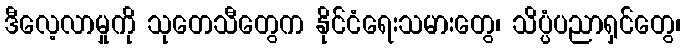
ဒီလေ့လာမှုကို သုတေသီတွေက နိုင်ငံရေးသမားတွေ၊ သိပ္ပံပညာရှင်တွေ၊